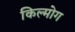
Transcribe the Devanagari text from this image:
किल्मोग